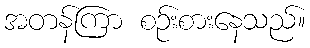
အတန်ကြာ စဉ်းစားနေသည်။